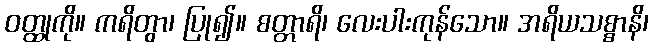
ဝတ္ထုကို။ ကရိတွာ၊ ပြု၍။ စတ္တာရိ၊ လေးပါးကုန်သော။ အရိယသစ္စာနိ၊